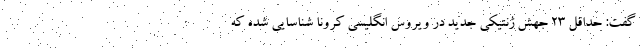
گفت: حداقل ۲۳ جهش ژنتیکی جدید در ویروس انگلیسی کرونا شناسایی شده که